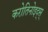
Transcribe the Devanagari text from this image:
करोतिनोइद्स्